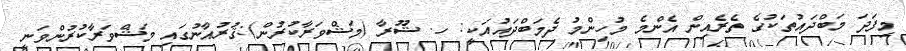
މިފަދަ މަބްދައުތަކުގެ ތެރެއިން އެންމެ މުހިންމު ދެމަބްދައުއަކީ: ހ. ޝޫރާ (މަޝްވަރާކުރުން):ޤުރުއާނުގައި މަޝްވަރާކުރުންވަނީ